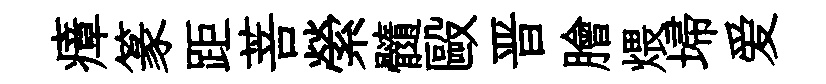
瘴篆距菩縈髓毆晋膾煨埽爱